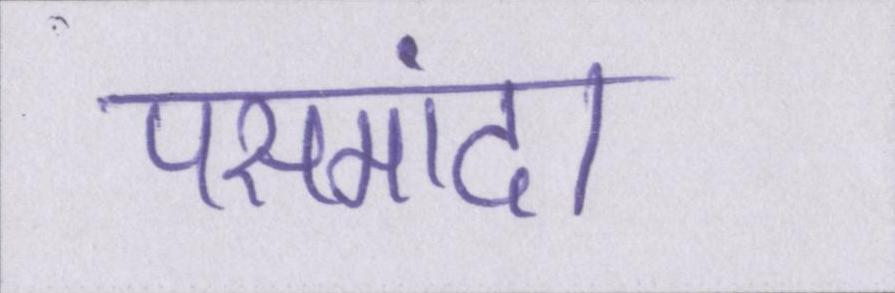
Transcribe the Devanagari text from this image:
पसमांदा